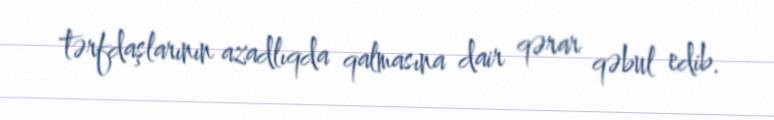
tərfdaşlarının azadlıqda qalmasına dair qərar qəbul edib.